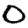
Digit: 0